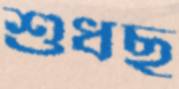
শুধছ